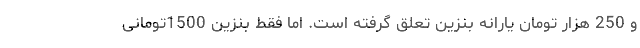
و 250 هزار تومان یارانه بنزین تعلق گرفته است. اما فقط بنزین 1500تومانی